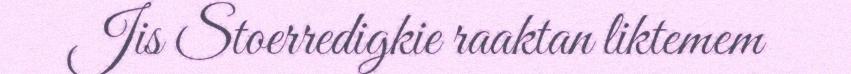
Jis Stoerredigkie raaktan liktemem